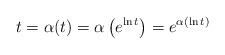
\begin{align*}t = \alpha(t) = \alpha\left( e^{\ln t}\right) = e^{\alpha(\ln t)} \end{align*}